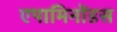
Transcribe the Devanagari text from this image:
एपामिनोंडस